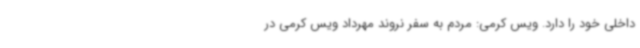
داخلی خود را دارد. ویس کرمی: مردم به سفر نروند مهرداد ویس کرمی در